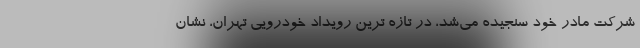
شرکت مادر خود سنجیده می‌‌شد، در تازه ترین رویداد خودرویی تهران، نشان